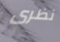
نظرى